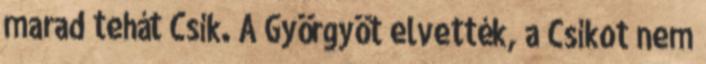
marad tehát Csík. A Györgyöt elvették, a Csíkot nem